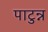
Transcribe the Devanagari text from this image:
पाटुन्न